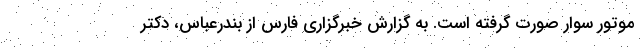
موتور سوار صورت گرفته است. به گزارش خبرگزاری فارس از بندرعباس، دکتر